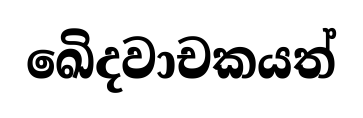
ඛෙිදවාචකයත්